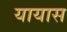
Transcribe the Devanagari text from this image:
यायास